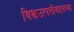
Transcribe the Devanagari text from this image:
विश्वउत्पत्तीबद्दलच्या